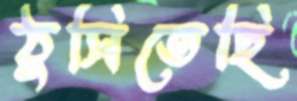
ঠুসিতেছি